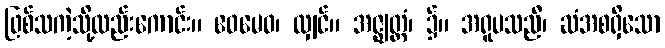
ဖြစ်သကဲ့သို့လည်းကောင်း။ ဧဝမေဝ၊ လျှင်။ အဇ္ဈတ္တံ၊ ၌။ အရူပသညီ၊ ဆံအစရှိသော